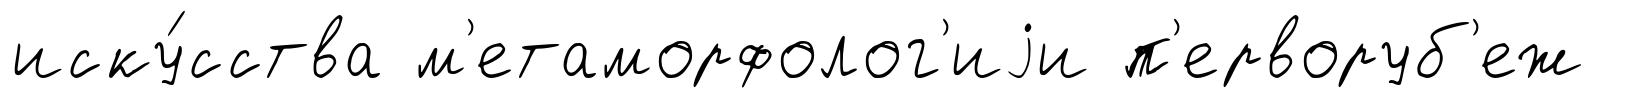
иску́сства м'етаморфолог'иjи п'ерворуб'еж